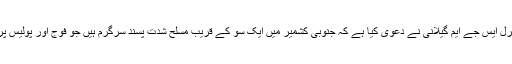
پولیس کے انسپکڑ جنرل ایس جے ایم گیلانی نے دعویٰ کیا ہے کہ جنوبی کشمیر میں ایک سو کے قریب مسلح شدت پسند سرگرم ہیں جو فوج اور پولیس پر حملے کر رہے ہیں۔